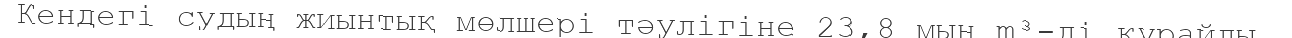
Кендегі судың жиынтық мөлшері тәулігіне 23,8 мың m³-ді құрайды.